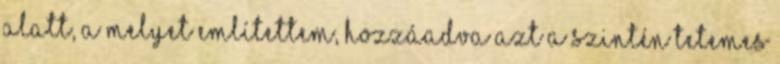
alatt, a melyet említettem, hozzáadva azt a szintén tetemes